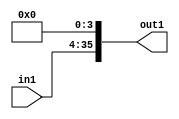
`timescale 1ps / 1ps
/*****************************************************************************
    Verilog RTL Description
    
    
    Created by: CellMath Designer 2019.1.01 
*******************************************************************************/

module DFT_compute_entirecomputation_alt1_4_0 (
	in1,
	out1
	); /* architecture "behavioural" */ 
input [31:0] in1;
output [35:0] out1;
wire [35:0] asc013;

assign asc013 = {in1,4'B0000};

assign out1 = asc013;
endmodule

/* CADENCE  urn0SQA= : u9/ySgnWtBlWxVPRXgAZ4Og= ** DO NOT EDIT THIS LINE ******/